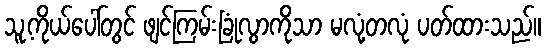
သူ့ကိုယ်ပေါ်တွင် ဖျင်ကြမ်းခြုံလွာကိုသာ မလုံ့တလုံ ပတ်ထားသည်။